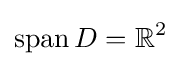
\operatorname {span} D=\mathbb {R} ^{2}